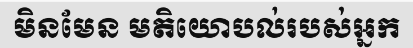
មិនមែន មតិយោបល់របស់អ្នក